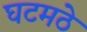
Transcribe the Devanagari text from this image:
घटमठे